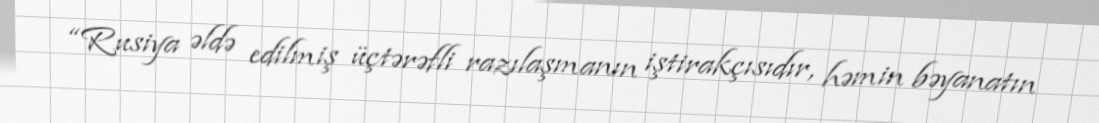
“Rusiya əldə edilmiş üçtərəfli razılaşmanın iştirakçısıdır, həmin bəyanatın